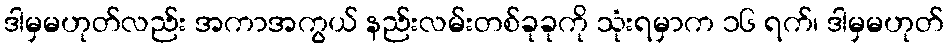
ဒါမှမဟုတ်လည်း အကာအကွယ် နည်းလမ်းတစ်ခုခုကို သုံးရမှာက ၁၆ ရက်၊ ဒါမှမဟုတ်